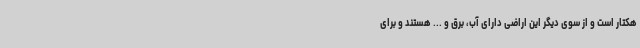
هکتار است و از سوی دیگر این اراضی دارای آب، برق و ... هستند و برای